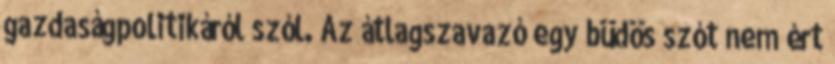
gazdaságpolitikáról szól. Az átlagszavazó egy büdös szót nem ért